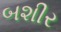
બશીર